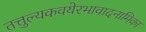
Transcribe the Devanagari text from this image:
तत्तुल्यकवयेरभावादनामिका